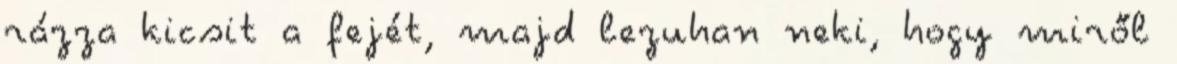
rázza kicsit a fejét, majd lezuhan neki, hogy miről